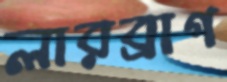
লারব্রাগ